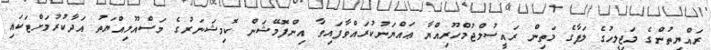
ރައްޔިތުންގެ މަޖިލީހުގެ ލަފާގެ މަތިން ރައީސުލްޖުމްހޫރިއްޔާ ޢައްޔަނުކުރައްވާފައިވާ އިންފޮމޭޝަން ކޮމިޝަނަރުގެ މަސްއޫލިއްޔަތު އަދާކުރުމަށްޓަކައި